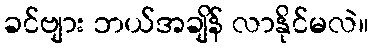
ခင်ဗျား ဘယ်အချိန် လာနိုင်မလဲ။